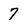
Character: 7